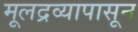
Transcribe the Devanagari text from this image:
मूलद्रव्यापासून